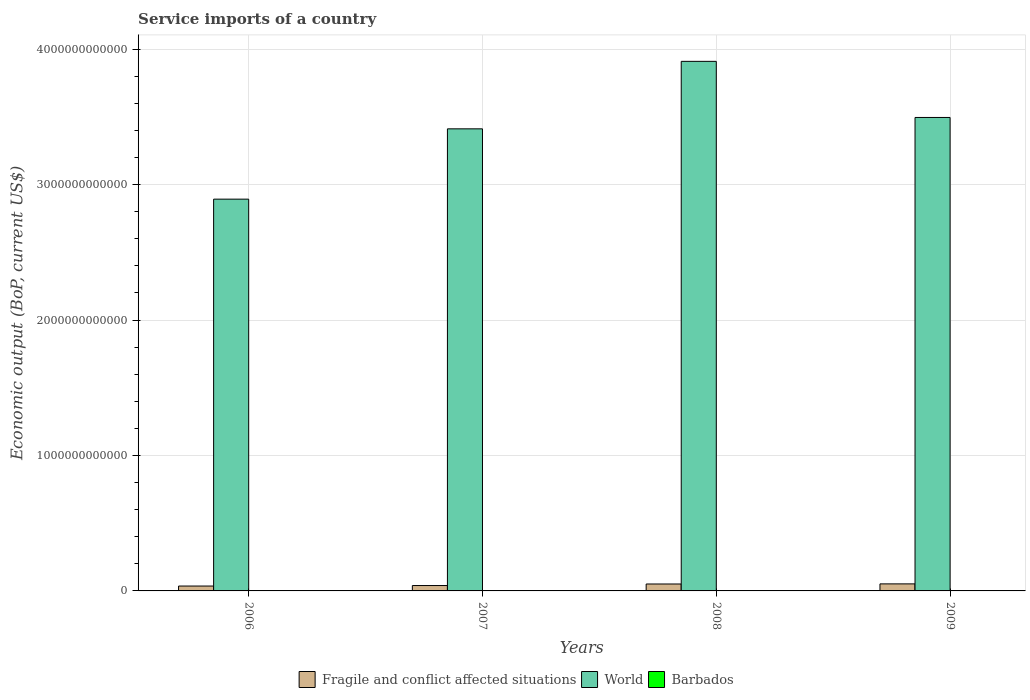
| Years | Fragile and conflict affected situations | World | Barbados |
 | --- | --- | --- | --- |
 | 2006 | 3.61e+10 | 2.89e+12 | 6.92e+08 |
 | 2007 | 3.98e+10 | 3.41e+12 | 6.69e+08 |
 | 2008 | 5.11e+10 | 3.91e+12 | 7.58e+08 |
 | 2009 | 5.19e+10 | 3.5e+12 | 7.11e+08 |